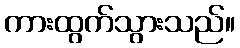
ကားထွက်သွားသည်။